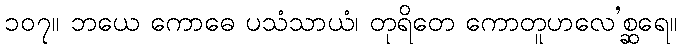
၁၀၇။ ဘယေ ကောဓေ ပသံသာယံ၊ တုရိတေ ကောတူဟလေ’စ္ဆရေ။